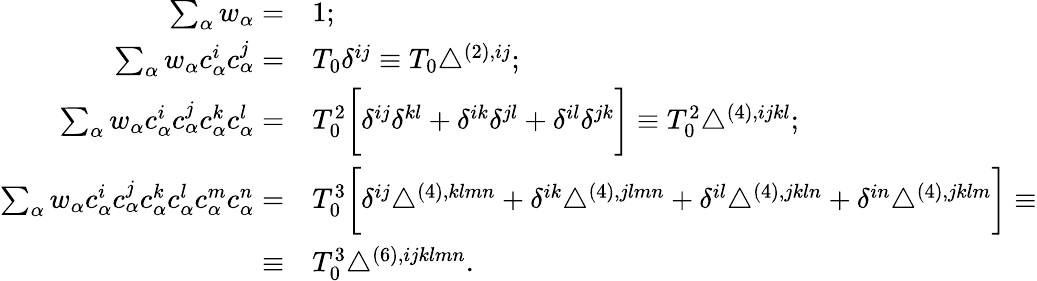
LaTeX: \begin{array}{rl}{\sum_{\alpha}w_{\alpha}=}&{{}1;}\\ {\sum_{\alpha}w_{\alpha}c_{\alpha}^{i}c_{\alpha}^{j}=}&{{}T_{0}\delta^{ij}\equiv T_{0}\triangle^{(2),ij};}\\ {\sum_{\alpha}w_{\alpha}c_{\alpha}^{i}c_{\alpha}^{j}c_{\alpha}^{k}c_{\alpha}^{l}=}&{{}T_{0}^{2}\bigg[\delta^{ij}\delta^{kl}+\delta^{ik}\delta^{jl}+\delta^{il}\delta^{jk}\bigg]\equiv T_{0}^{2}\triangle^{(4),ijkl};}\\ {\sum_{\alpha}w_{\alpha}c_{\alpha}^{i}c_{\alpha}^{j}c_{\alpha}^{k}c_{\alpha}^{l}c_{\alpha}^{m}c_{\alpha}^{n}=}&{{}T_{0}^{3}\bigg[\delta^{ij}\triangle^{(4),klmn}+\delta^{ik}\triangle^{(4),jlmn}+\delta^{il}\triangle^{(4),jkln}+\delta^{in}\triangle^{(4),jklm}\bigg]\equiv}\\ {\equiv}&{{}T_{0}^{3}\triangle^{(6),ijklmn}.}\end{array}